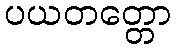
ပယတတ္တော